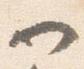
一